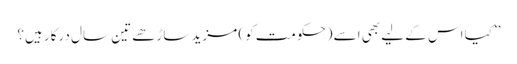
’’کیا اس کے لیے بھی اسے (حکومت کو) مزید ساڑھے تین سال درکار ہیں؟